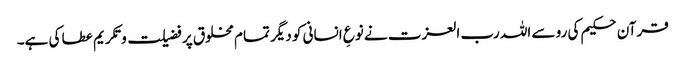
قرآن حکیم کی رو سے اللہ رب العزت نے نوعِ انسانی کو دیگر تمام مخلوق پر فضیلت و تکریم عطا کی ہے۔